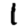
Digit: 1